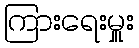
ကြားရေးမှူး